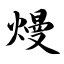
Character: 熳